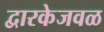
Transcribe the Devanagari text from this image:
द्वारकेजवळ